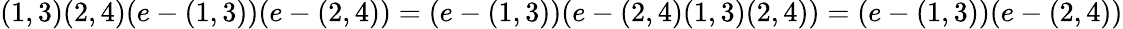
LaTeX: (1,3)(2,4)(e-(1,3))(e-(2,4))=(e-(1,3))(e-(2,4)(1,3)(2,4))=(e-(1,3))(e-(2,4))